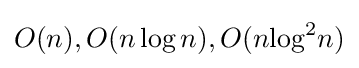
O(n),O(n\log n),O(n{\log }^{2}n)